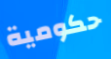
حكومية